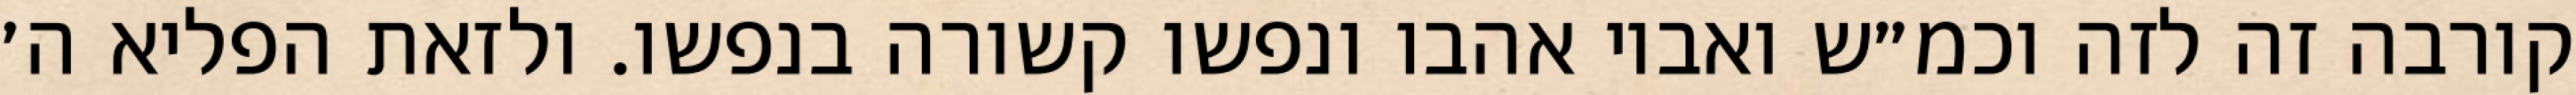
קורבה זה לזה וכמ״ש ואביו אהבו ונפשו קשורה בנפשו. ולזאת הפליא ה׳